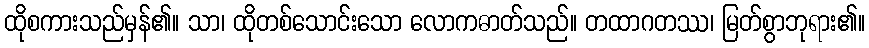
ထိုစကားသည်မှန်၏။ သာ၊ ထိုတစ်သောင်းသော လောကဓာတ်သည်။ တထာဂတဿ၊ မြတ်စွာဘုရား၏။